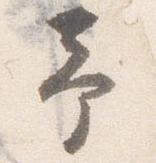
予